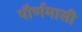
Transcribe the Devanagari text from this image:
पौर्णमासी